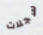
سجلات